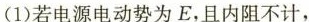
(1)若电源电动势为E，且内阻不计，